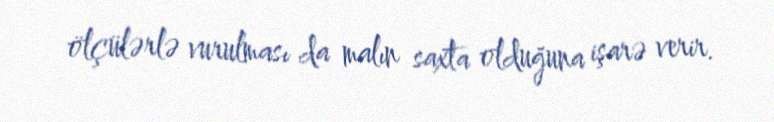
ölçülərlə vurulması da malın saxta olduğuna işarə verir.